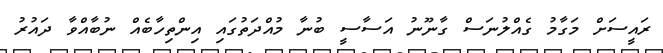
ރައީސަށް މަގާމު ގެއްލުނަސް ގާނޫނު އަސާސީ ބުނާ މުއްދަތުގައި އިންތިހާބެއް ނުބާއްވާ ދައުރު